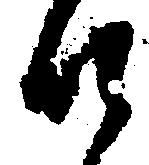
な